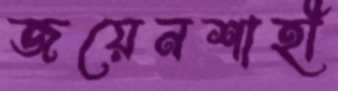
জয়েনশাহী